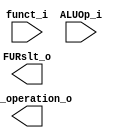
module ALU_Ctrl( funct_i, ALUOp_i, ALU_operation_o, FURslt_o );

//I/O ports 
input      [6-1:0] funct_i;
input      [3-1:0] ALUOp_i;

output     [4-1:0] ALU_operation_o;  
output     [2-1:0] FURslt_o;
     
//Internal Signals
wire		[4-1:0] ALU_operation_o;
wire		[2-1:0] FURslt_o;

//Main function
/*your code here*/

endmodule